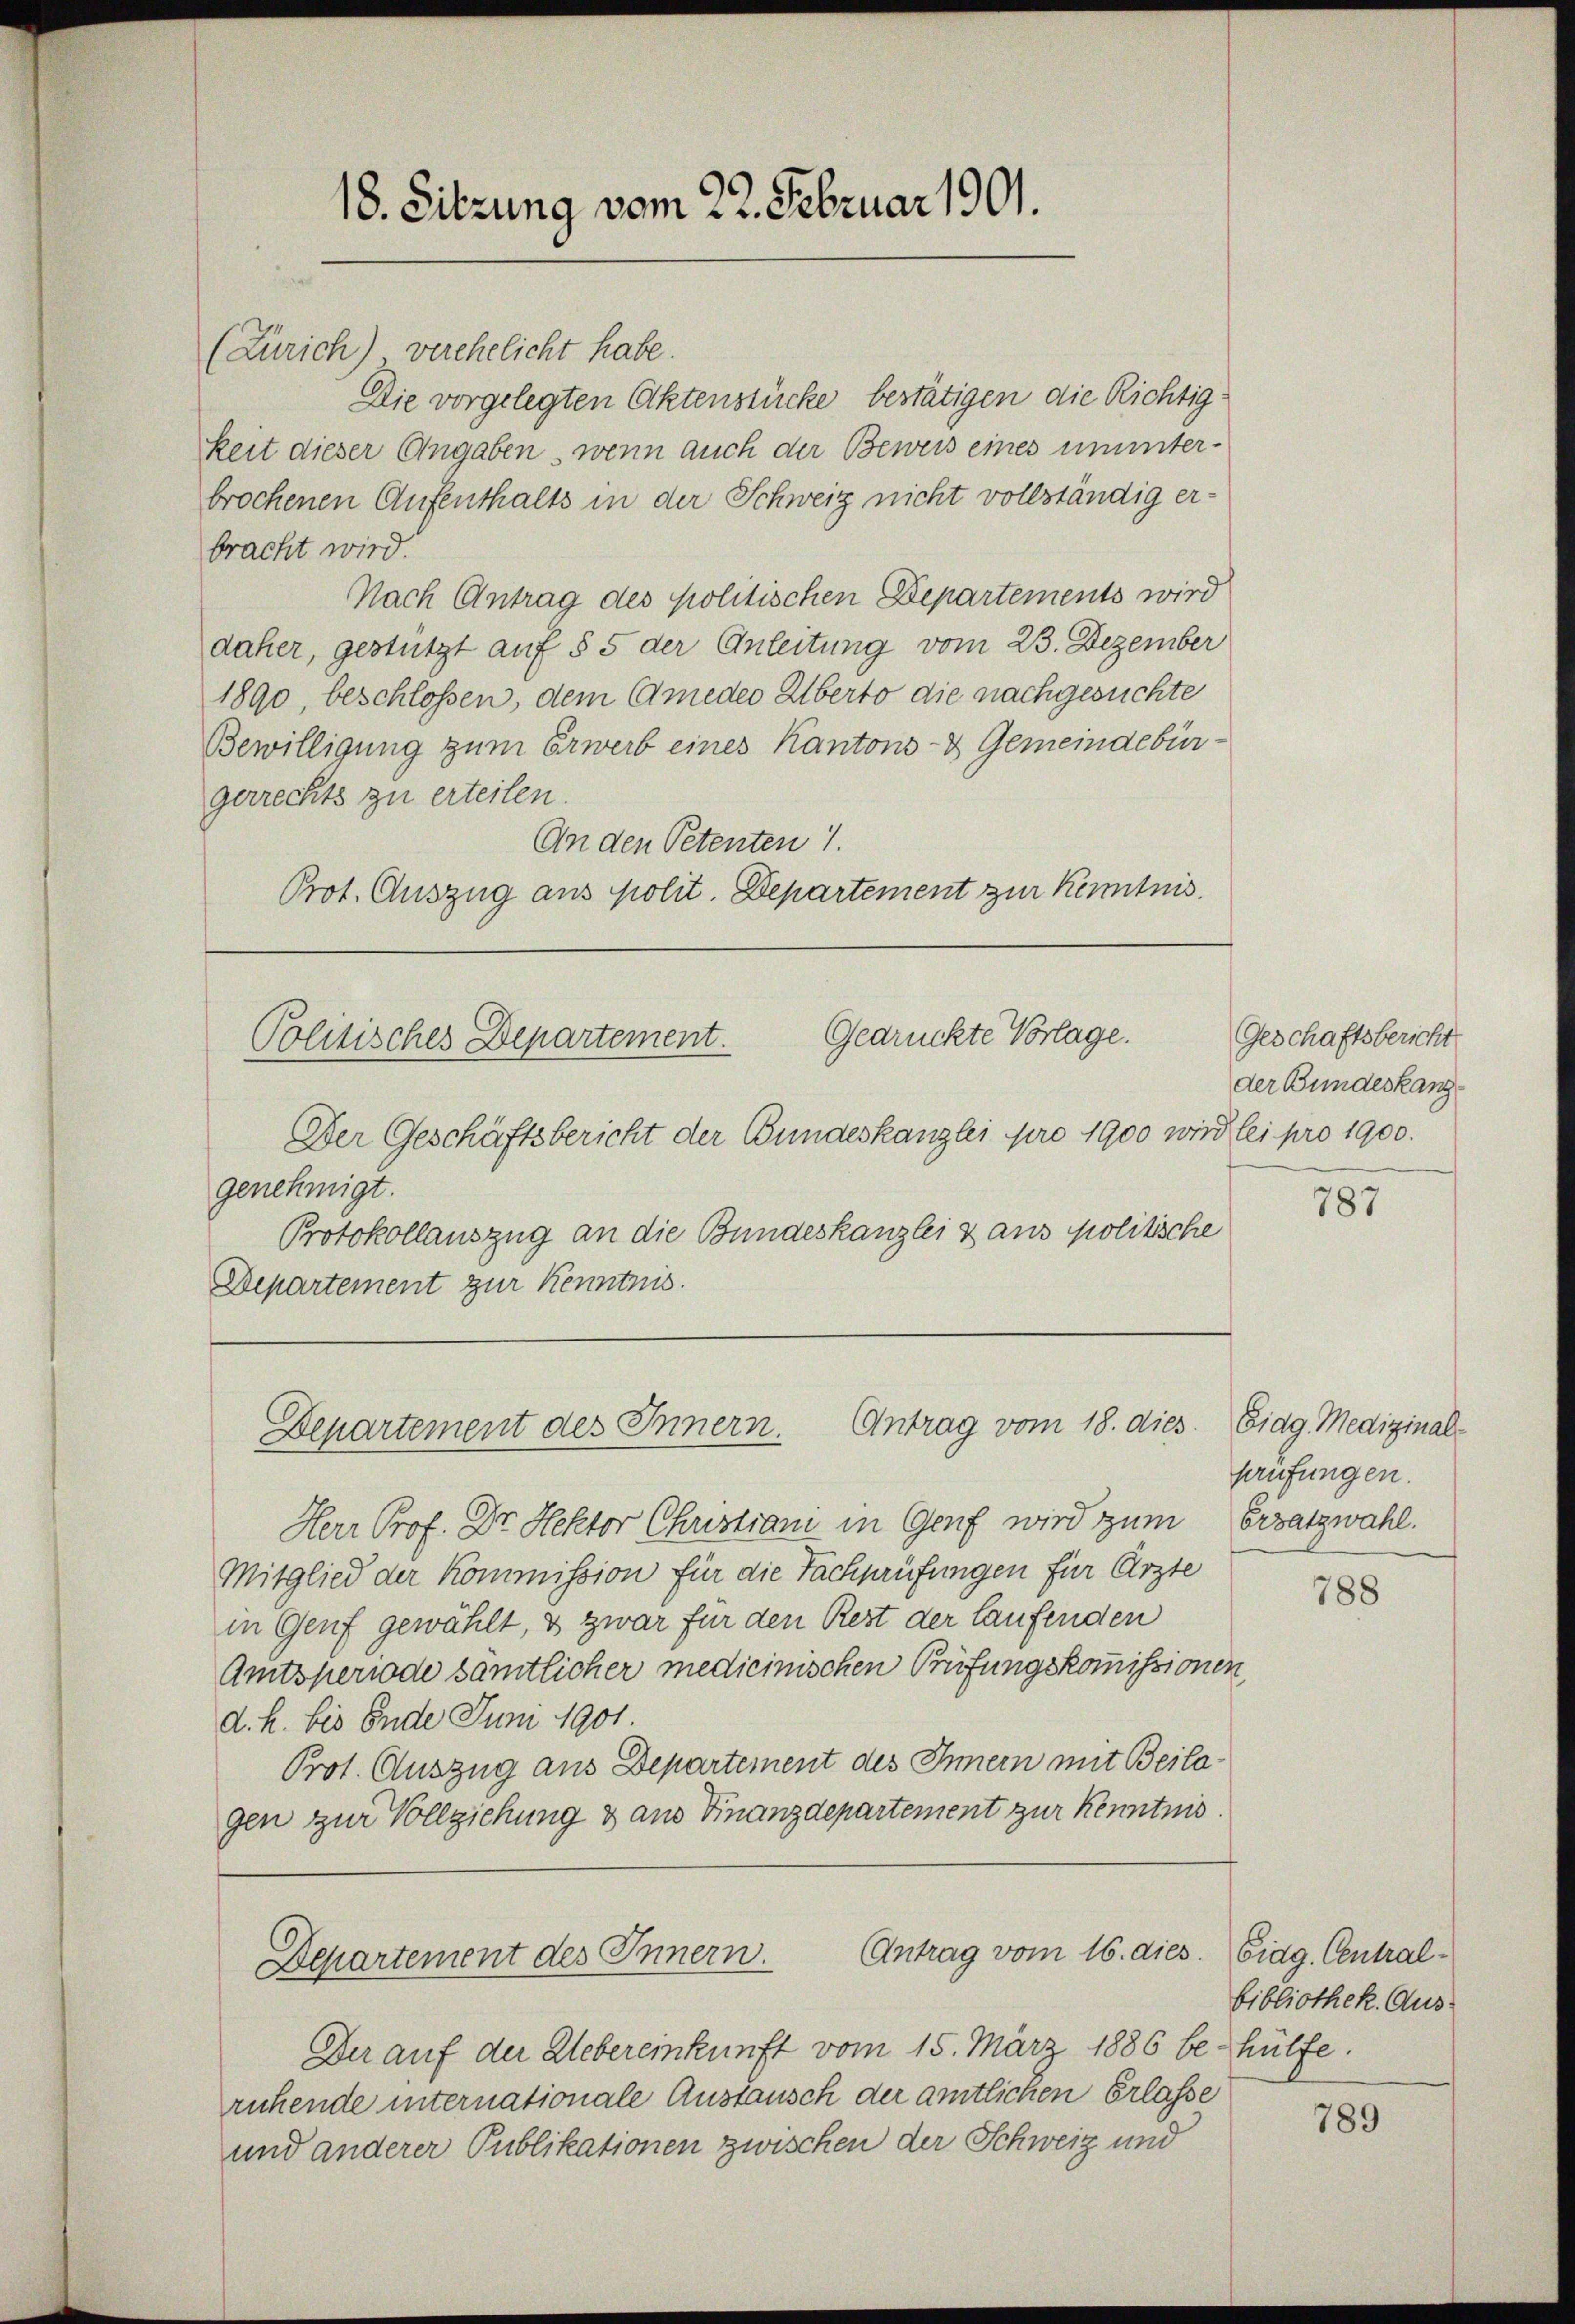
(Zürich) verehelicht habe.
Die vorgelegten Aktenstücke bestätigen die Richtigkeit dieser Angaben, wenn auch der Beweis eines ununterbrochenen Aufenthalts in der Schweiz nicht vollständig erbracht wird.
Nach Antrag des politischen Departements wird
daher, gestützt auf § 5 der Anleitung vom 23. Dezember
1890, beschlossen, dem Amedes Alberto die nachgesuchte
Bewilligung zum Erwerb eines Kantons- & Gemeindebürgerrechts zu erteilen.
An den Petenten 1.
Prot. Auszug aus polit. Departement zur Kenntnis.

18. Sitzung vom 22. Februar 1901.

Gedrückte Vorlage.
Politisches Departement.

Der Geschäftsbericht der Bundeskanzlei pro 1900 wird lei pro 1900.
genehmigt.
Protokollauszug an die Bundeskanzlei & aus politische
Departement zur Kenntnis.

Antrag vom 18. dies
Departement des Innern.

Der auf der Uebereinkunft vom 15. März 1886 behülfe.
ruhende internationale Austausch der amtlichen Erlasse
und anderer Publikationen zwischen der Schweiz und

Herr Prof. Dr. Hektor Christiam in Genf wird zum
Mitglied der Kommission für die Fachprüfungen für Ärzte
in Genf gewählt, & zwar für den Rest der laufenden
Amtsperiode samtlicher medicinischen Prüfungskommissionen,
d. h. bis Ende Juni 1901
Prot. Auszug aus Departement des Innern mit Beilagen zur Vollziehung & aus Finanzdepartement zur Kenntnis.

Antrag vom 16. dies. Eidg. Central¬
Departement des Innern.

Geschaftsbericht
der Bundeskanz¬

787

Eidg. Medizinalprüfungen.
Ersatzwahl.

788

Bibliothek. Aus¬

789